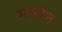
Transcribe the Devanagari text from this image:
मासेन